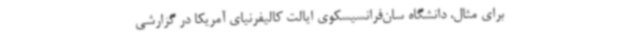
برای مثال، دانشگاه سان‌فرانسیسکوی ایالت کالیفرنیای آمریکا در گزارشی